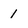
Character: 1